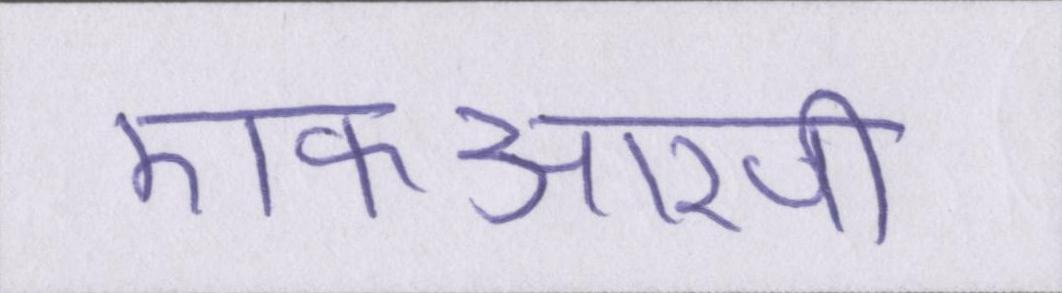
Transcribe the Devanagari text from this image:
एफआरपी